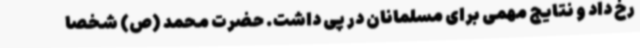
رخ داد و نتایج مهمی برای مسلمانان در پی داشت. حضرت محمد (ص) شخصاً